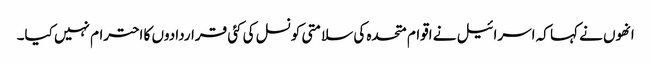
انھوں نے کہا کہ اسرائیل نے اقوام متحدہ کی سلامتی کونسل کی کئی قراردادوں کا احترام نہیں کیا۔